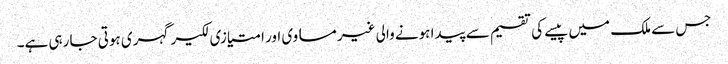
جس سے ملک میں پیسے کی تقسیم سے پیدا ہونے والی غیر مساوی اور امتیازی لکیر گہری ہوتی جا رہی ہے۔